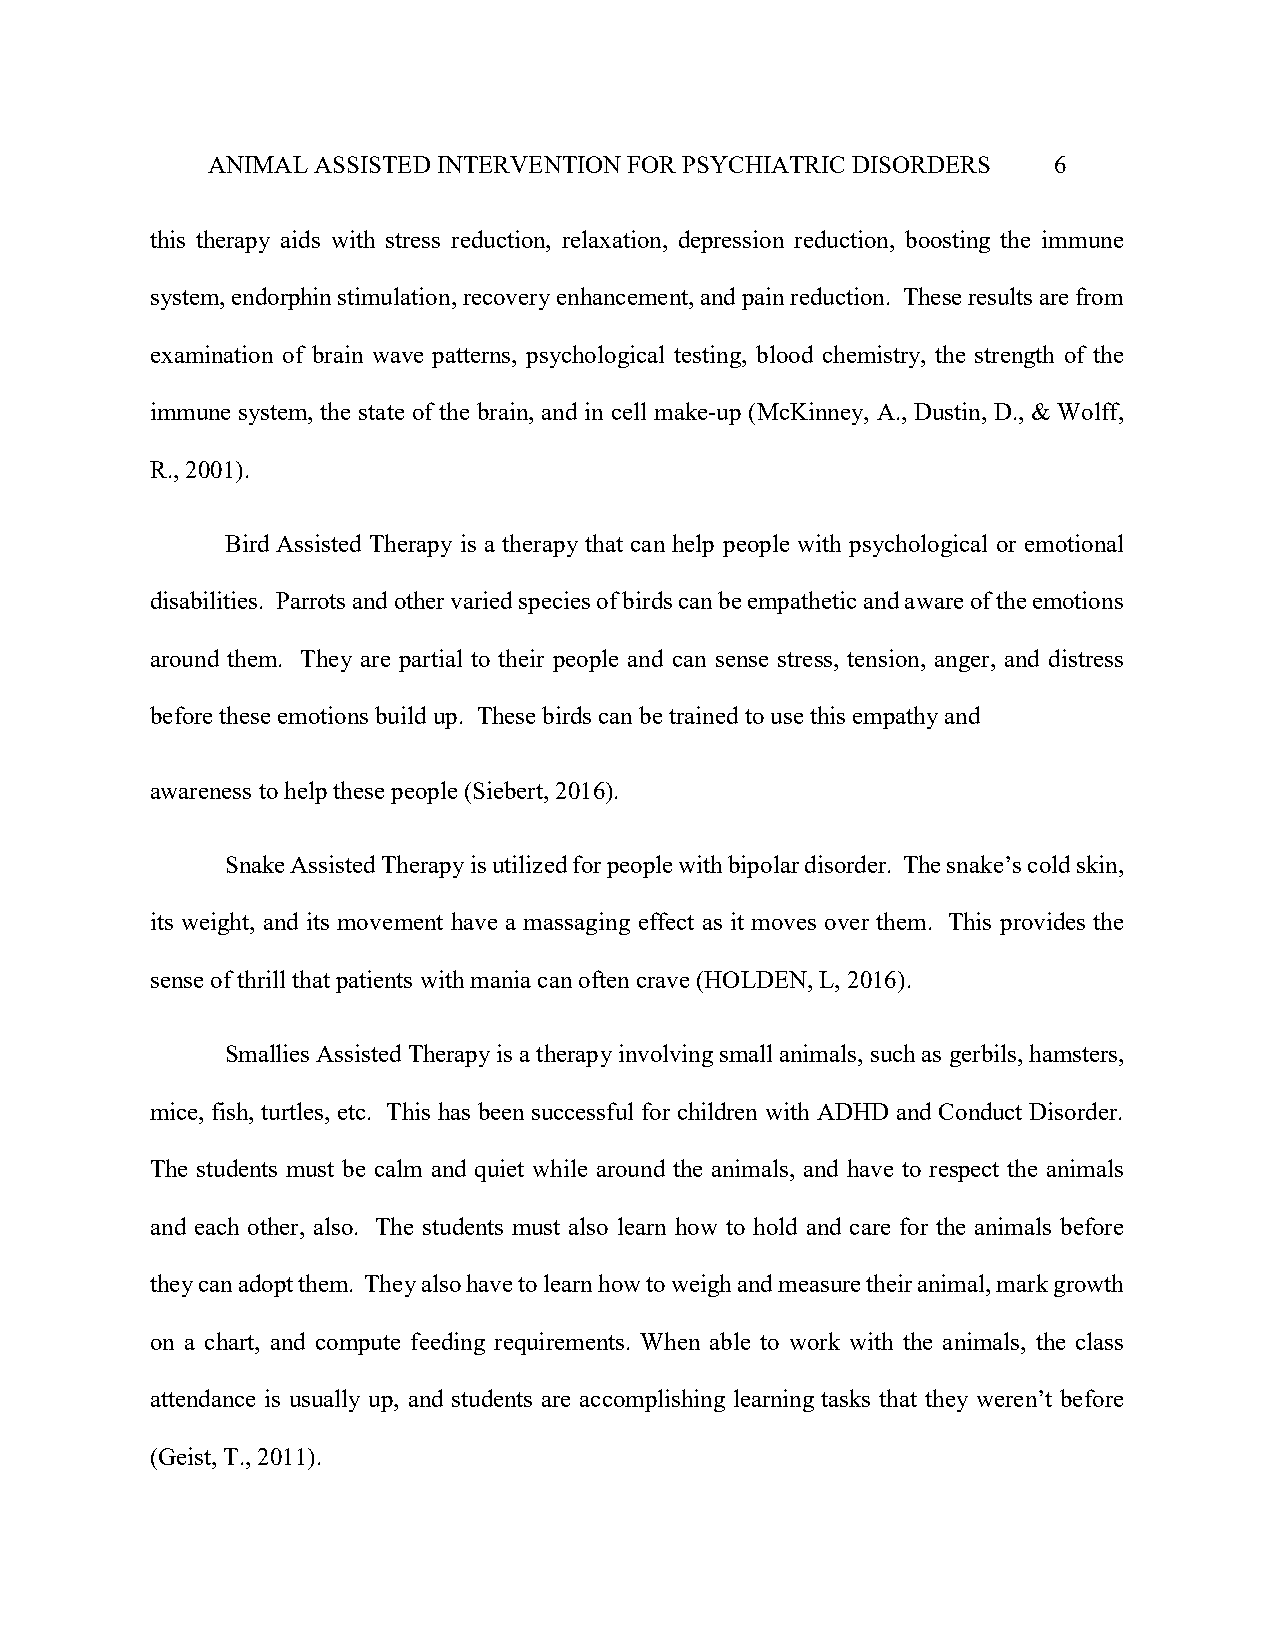
ANIMAL ASSISTED INTERVENTION FOR PSYCHIATRIC DISORDERS  6
 this therapy aids with stress reduction, relaxation, depression reduction, boosting the immune
 system, endorphin stimulation, recovery enhancement, and pain reduction. These results are from
 examination of brain wave patterns, psychological testing, blood chemistry, the strength of the
 immune system, the state of the brain, and in cell make-up (McKinney, A., Dustin, D., & Wolff,
 R., 2001).
 Bird Assisted Therapy is a therapy that can help people with psychological or emotional
 disabilities. Parrots and other varied species of birds can be empathetic and aware of the emotions
 around them. They are partial to their people and can sense stress, tension, anger, and distress
 before these emotions build up. These birds can be trained to use this empathy and
 awareness to help these people (Siebert, 2016).
 Snake Assisted Therapy is utilized for people with bipolar disorder. The snake’s cold skin,
 its weight, and its movement have a massaging effect as it moves over them. This provides the
 sense of thrill that patients with mania can often crave (HOLDEN, L, 2016).
 Smallies Assisted Therapy is a therapy involving small animals, such as gerbils, hamsters,
 mice, fish, turtles, etc. This has been successful for children with ADHD and Conduct Disorder.
 The students must be calm and quiet while around the animals, and have to respect the animals
 and each other, also. The students must also learn how to hold and care for the animals before
 they can adopt them. They also have to learn how to weigh and measure their animal, mark growth
 on a chart, and compute feeding requirements. When able to work with the animals, the class
 attendance is usually up, and students are accomplishing learning tasks that they weren’t before
 (Geist, T., 2011).